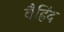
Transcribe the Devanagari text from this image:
वैहिंद